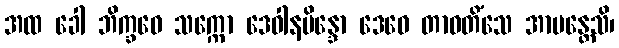
အထ ခေါ ဘိက္ခဝေ သက္ကော ဒေဝါနမိန္ဒော ဒေဝေ တာဝတိံသေ အာမန္တေသိ၊